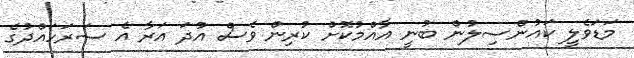
މަޑަވެލީ ކައުންސިލުން ބުނީ އާއްމުކޮށް ކުރިން ވެސް އުދަ އަރާ އެ ސަރަހައްދުގެ